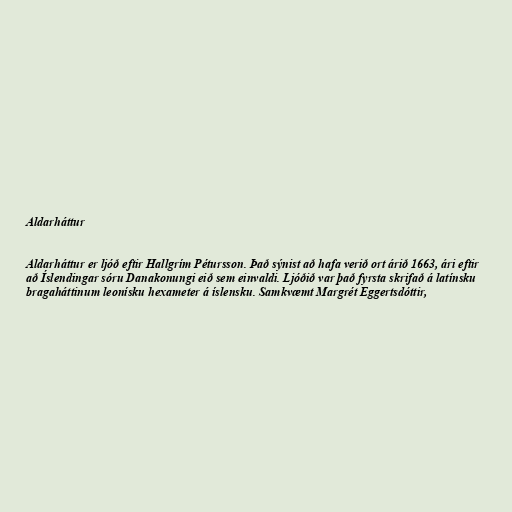
Aldarháttur

Aldarháttur er ljóð eftir Hallgrím Pétursson. Það sýnist að hafa verið ort árið 1663, ári eftir
að Íslendingar sóru Danakonungi eið sem einvaldi. Ljóðið var það fyrsta skrifað á latínsku
bragaháttinum leonísku hexameter á íslensku. Samkvæmt Margrét Eggertsdóttir,